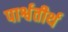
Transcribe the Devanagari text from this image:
पार्श्वतीर्थ